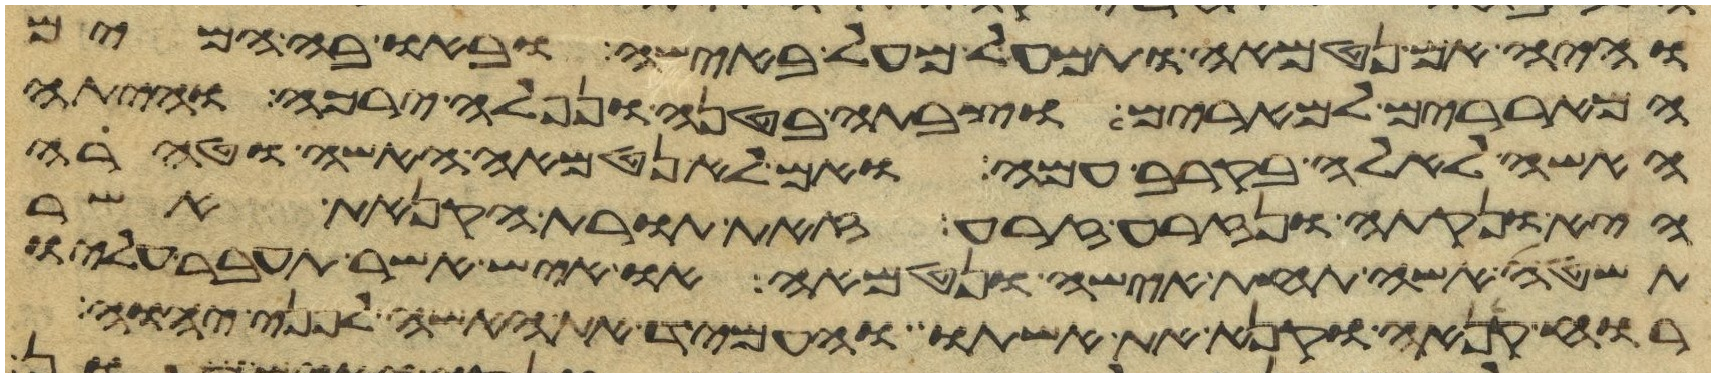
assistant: והיה אם נטמאה ותמעל מעל באישה ובאו בה המים
המאררים למרים וצבתה בטנה ונפלה ירכה והיתה
האשה לאלה בקרב עמה ואם לא נטמאה האשה וטהרה
היא ונקתה ונזרעה זרע זאת תורת הקנאת אשר
תשטה אשה תחת אישה ונטמאה או איש אשר תעבר עליו
רוח קנאה וקנא את אשתו והעמיד את האשה לפני יהוה